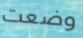
وضعت